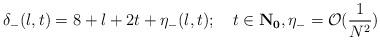
LaTeX: \begin{align*}\delta_{-}(l,t)=8+l+2t+\eta_{-}(l,t); \quad t\in {\bf{N}_0}, \eta_{-}= \mathcal{O}(\frac{1}{N^2})\end{align*}